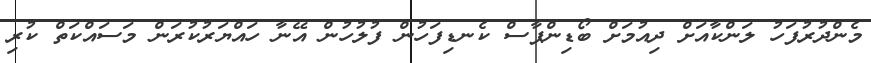
މެންދުރުފަހު ލަންކާއަށް ދިއުމަށް ބޯޑިންޕާސް ކެނޑިފަހުން ފުލުހުން އޭނާ ހައްޔަރުކުރަން މަސައްކަތް ކުރި